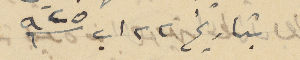
بتاريخ ٢٢ اب سنة ٩٢٥